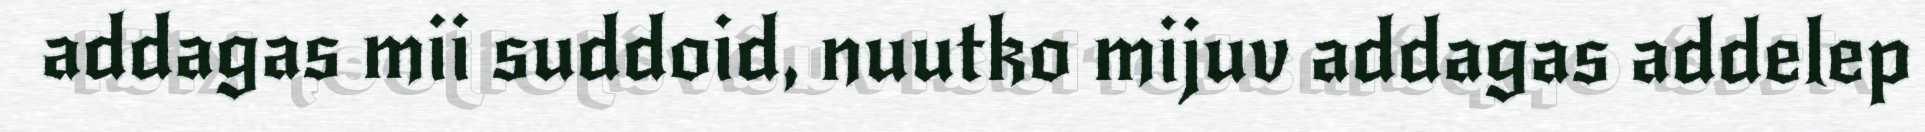
addagas mii suddoid, nuutko mijuv addagas addelep